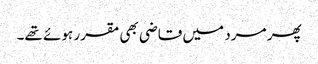
پھر مرد میں قاضی بھی مقرر ہوئے تھے۔